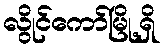
လွိုင်ကော်မြို့ရှိ